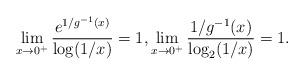
LaTeX: \begin{align*} \lim_{x\to 0^+} \frac{e^{1/g^{-1}(x)}}{\log(1/x)} = 1,\lim_{x\to 0^+} \frac{1/g^{-1}(x)}{\log_2(1/x)} = 1.\end{align*}